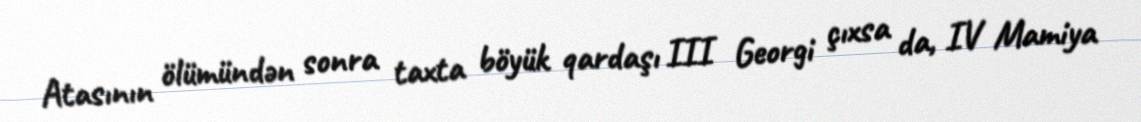
Atasının ölümündən sonra taxta böyük qardaşı III Georgi çıxsa da, IV Mamiya